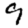
Digit: 9